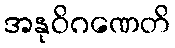
အနုဝိဂဏေတိ